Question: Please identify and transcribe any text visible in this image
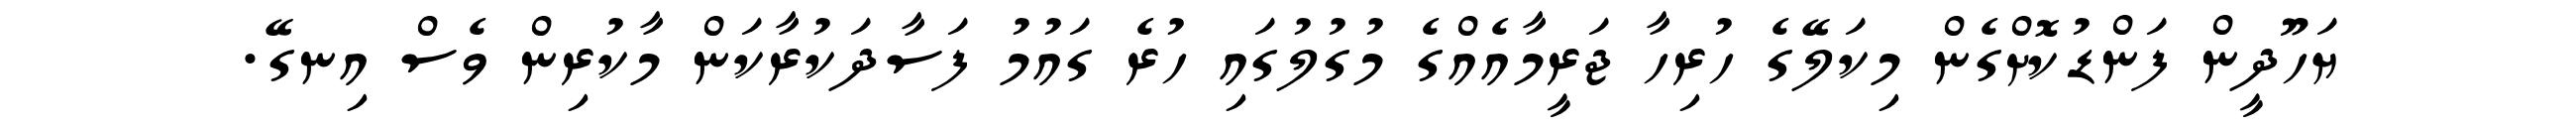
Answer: ޔަހޫދީން ފަންޑުކޮށްގެން މިކަލޭގެ ހުރިހާ ޖަރީމާއެއްގެ މުގުލުގައި ހުރެ ގައުމު ފަސާދަކުރާކަން މާކުރިން ވެސް އިނގޭ.